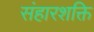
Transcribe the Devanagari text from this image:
संहारशक्ति